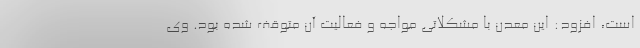
است، افزود: این معدن با مشکلاتی مواجه و فعالیت آن متوقف شده بود. وی